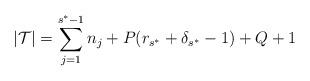
LaTeX: \begin{align*} \lvert \mathcal{T} \rvert = \sum_{j=1}^{s^*-1} n_j + P ( r_{s^*} + \delta_{s^*} - 1 ) + Q + 1 \end{align*}